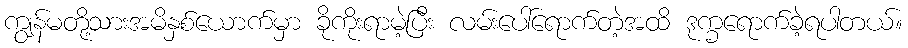
ကျွန်မတို့သားအမိနှစ်ယောက်မှာ ခိုကိုးရာမဲ့ပြီး လမ်းပေါ်ရောက်တဲ့အထိ ဒုက္ခရောက်ခဲ့ရပါတယ်။